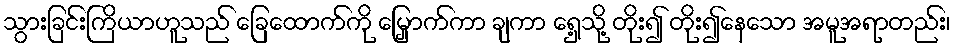
သွားခြင်းကြိယာဟူသည် ခြေထောက်ကို မြှောက်ကာ ချကာ ရှေ့သို့ တိုး၍ တိုး၍နေသော အမူအရာတည်း၊